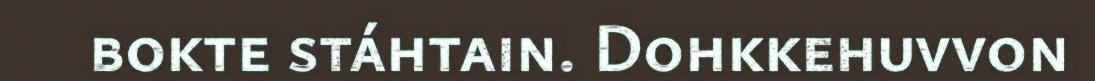
bokte stáhtain. Dohkkehuvvon